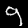
Label: 9